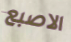
الاصبع